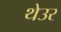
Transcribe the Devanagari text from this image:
थेउर